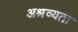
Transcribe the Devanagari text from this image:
अश्रव्यता